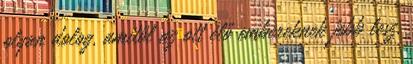
olyan dolog, amitől az ott élő embereknek jobb lesz,